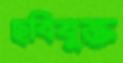
ছবিযুক্ত